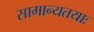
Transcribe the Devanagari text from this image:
सामान्यतयाः